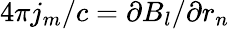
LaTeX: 4\pi j_{m}/c=\partial B_{l}/\partial r_{n}